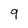
Character: 9